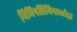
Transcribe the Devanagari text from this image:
निमिषन्निमिषार्ध्वाद्वा